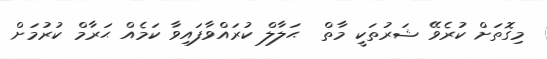
މިގޮތަށް ކުރެވޭ ޝަރުތަކީ މާތް  ޙަލާލް ކުރައްވާފައިވާ ކަމެއް ޙަރާމް ކުރުމަށް